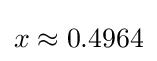
x\approx 0.4964